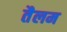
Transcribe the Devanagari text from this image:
तैलम